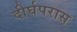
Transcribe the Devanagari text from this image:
दीर्घपरास